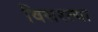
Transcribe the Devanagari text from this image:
विसरल्या